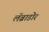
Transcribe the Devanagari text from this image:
लॅब्राडोर